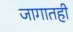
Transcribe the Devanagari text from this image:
जागातही